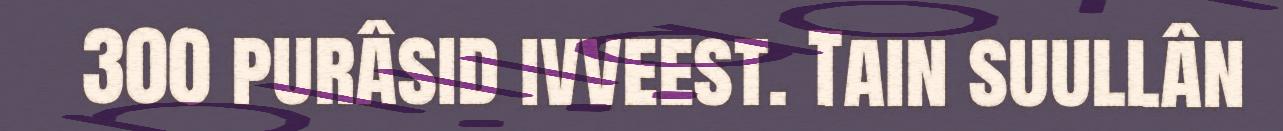
300 purâsid ivveest. Tain suullân